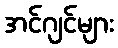
အင်ဂျင်များ